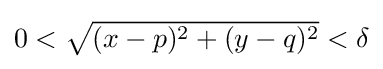
{\textstyle 0<{\sqrt {(x-p)^{2}+(y-q)^{2}}}<\delta }